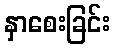
နှာစေးခြင်း